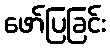
ဖော်ပြခြင်း